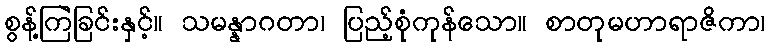
စွန့်ကြဲခြင်းနှင့်။ သမန္နာဂတာ၊ ပြည့်စုံကုန်သော။ စာတုမဟာရာဇိကာ၊